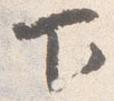
下